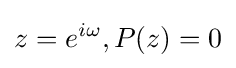
z=e^{i\omega },P(z)=0